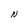
Character: N